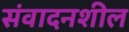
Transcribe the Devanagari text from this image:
संवादनशील